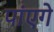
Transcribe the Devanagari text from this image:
पांएगे